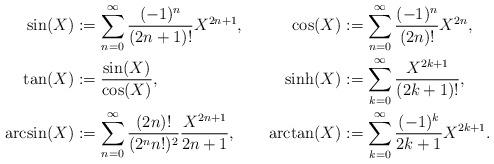
LaTeX: \begin{align*}\sin(X)&:=\sum_{n=0}^\infty\frac{(-1)^n}{(2n+1)!}X^{2n+1},&\cos(X)&:=\sum_{n=0}^\infty\frac{(-1)^n}{(2n)!}X^{2n},\\\tan(X)&:=\frac{\sin(X)}{\cos(X)},&\sinh(X)&:=\sum_{k=0}^\infty\frac{X^{2k+1}}{(2k+1)!},\\\arcsin(X)&:=\sum_{n=0}^\infty\frac{(2n)!}{(2^nn!)^2}\frac{X^{2n+1}}{2n+1},&\arctan(X)&:=\sum_{k=0}^\infty\frac{(-1)^k}{2k+1}X^{2k+1}.\end{align*}